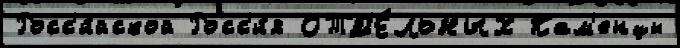
Росс'и́йской Росс'и́я ОТД'Е́ЛЬНЫХ Кам'енцы